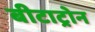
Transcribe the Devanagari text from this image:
बीटाट्रोन